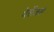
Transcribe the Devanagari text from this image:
पेसेंजर्स